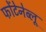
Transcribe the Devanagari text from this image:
फोंटेनेब्लू